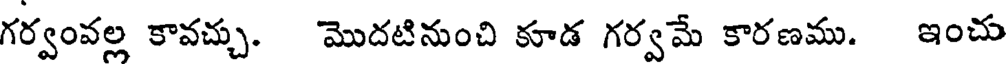
గర్వంవల్ల కావచ్చు. మొదటినుంచి కూడ గర్వమే కారణము. ఇంచు